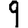
Digit: 9